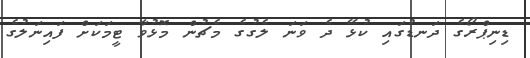
ޑިނިޕްރޯގެ ދަނޑުގައި ކުޅޭ ދެ ވަނަ ލެގުގެ މެޗުން މޮޅުވާ ޓީމަަަކަށް ފައިނަލުގެ